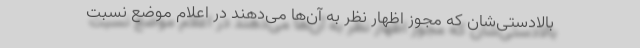
بالادستی‌شان که مجوز اظهار نظر به آن‌ها می‌دهند در اعلام موضع نسبت